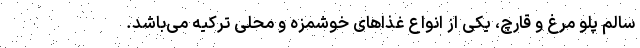
سالم پلو مرغ و قارچ، یکی از انواع غذا‌های خوشمزه و محلی ترکیه می‌باشد.